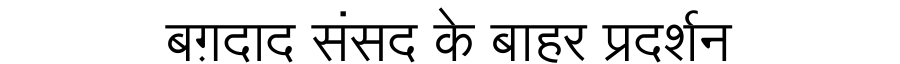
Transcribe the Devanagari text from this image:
बग़दाद संसद के बाहर प्रदर्शन